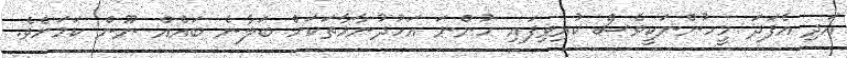
އަދި އެފަދަ މީހުންނަކީވެސް ކުރިވިފައި ހުންނަ އަހުދުނާމާތަކަށް ބަލާނެ ބައެއް ނޫން ކަމަށެވެ.